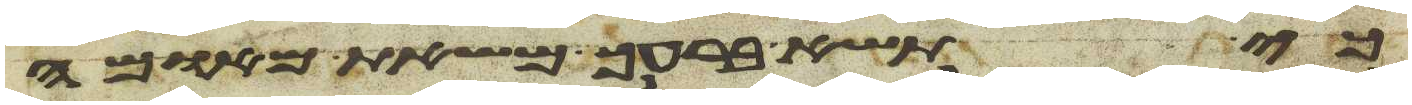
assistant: כי תשא ברעך משאת מאומה